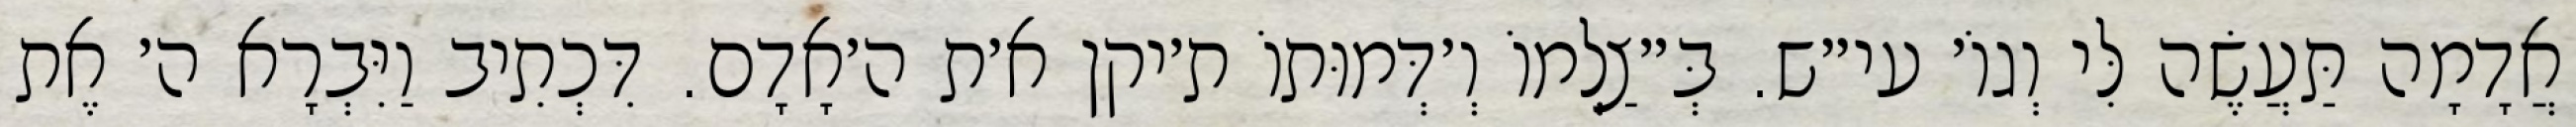
אֲדָמָה תַּעֲשֶׂה לִּי וְגוֹ׳ עי״ש. בְּ״צַלְמוֹ וְ׳דְּמוּתוֹ ת׳יקן א׳ת ה׳אָדָם. דִּכְתִיב וַיִּבְרָא ה׳ אֶת